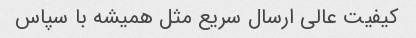
کیفیت عالی ارسال سریع مثل همیشه با سپاس